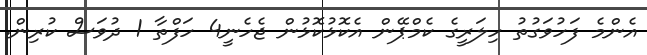
އެންމެ ފަހުވަގުތު ހިލަރީގެ ކެމްޕޭން އެކޮޅުކޮޅުން ޖެހެނީ4 ހަފްތާ 1 ދުވަސް ކުރިން.